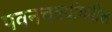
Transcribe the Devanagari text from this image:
पवनचक्यांमधील